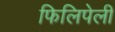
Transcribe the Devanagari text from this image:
फिलिपेली